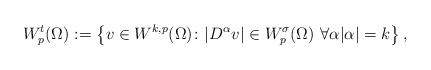
LaTeX: \begin{align*}W^t_p (\Omega) := \left\{ v \in W^{k,p}(\Omega) \colon |D^\alpha v | \in W^\sigma_p(\Omega) \ \forall \alpha |\alpha| = k \right\} ,\end{align*}